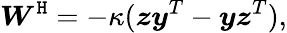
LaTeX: \boldsymbol{W}^{\mathtt{H}}=-\kappa(\boldsymbol{z}\boldsymbol{y}^{T}-\boldsymbol{y}\boldsymbol{z}^{T}),